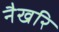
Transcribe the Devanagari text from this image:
नैखरि